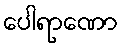
ပေါရာဏော